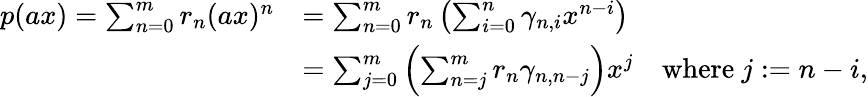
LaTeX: \begin{array}{rlr}{p(ax)=\sum_{n=0}^{m}r_{n}(ax)^{n}}&{=\sum_{n=0}^{m}r_{n}\left(\sum_{i=0}^{n}\gamma_{n,i}x^{n-i}\right)}\\ &{=\sum_{j=0}^{m}\left(\sum_{n=j}^{m}r_{n}\gamma_{n,n-j}\right)x^{j}}&{\mathrm{where~}j:=n-i,}\end{array}